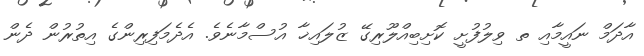
އާދަމް ނައީމާއި ތ ވިލުފުށީ ކޮށިބިއްލޫރިގޭ ޒުލައިޚާ އުސްމާނެވެ. އެދެމަފިރިންގެ އިތުރުން ދެން